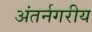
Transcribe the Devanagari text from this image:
अंतर्नगरीय